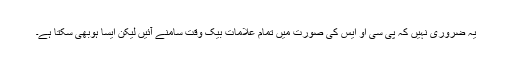
یہ ضروری نہیں کہ پی سی او ایس کی صورت میں تمام علامات بیک وقت سامنے آئیں لیکن ایسا ہوبھی سکتا ہے۔